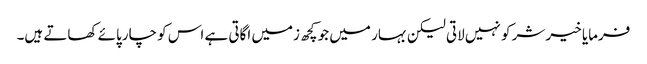
فرمایا خیر شر کو نہیں لاتی لیکن بہار میں جو کچھ زمیں اگاتی ہے اس کو چارپائے کھاتے ہیں۔